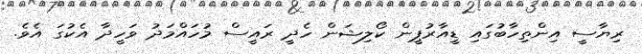
ރިޔާސީ އިންތިހާބުގައި ޑީއާރުޕީން ކޯލިޝަން ހެދީ ރައީސް މުހައްމަދު ވަހީދާ އެކުގަ އެވެ.